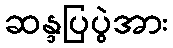
ဆန္ဒပြပွဲအား